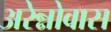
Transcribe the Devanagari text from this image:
अरेन्नोवास